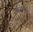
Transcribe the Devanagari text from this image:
मेथेनामाइन